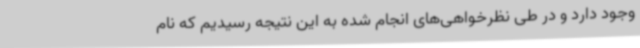
وجود دارد و در طی نظرخواهی‌های انجام شده به این نتیجه رسیدیم که نام